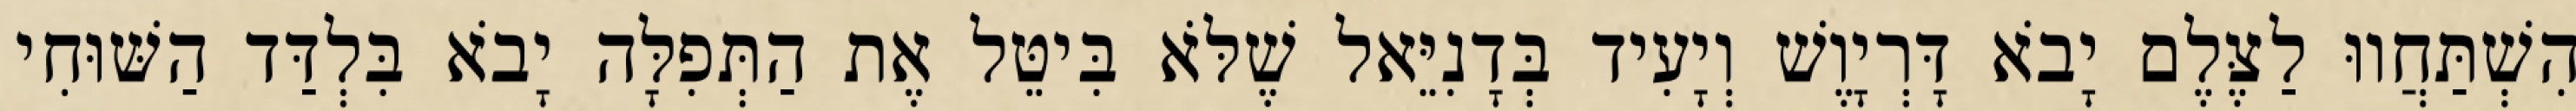
הִשְׁתַּחֲווּ לַצֶּלֶם יָבֹא דָּרְיָוֶשׁ וְיָעִיד בְּדָנִיֵּאל שֶׁלֹּא בִּיטֵּל אֶת הַתְּפִלָּה יָבֹא בִּלְדַּד הַשּׁוּחִי